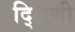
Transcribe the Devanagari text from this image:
द्क्षिणी